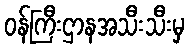
ဝန်ကြီးဌာနအသီးသီးမှ